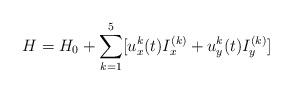
LaTeX: \begin{align*}H=H_0+\sum_{k=1}^5[u_x^{k}(t)I_x^{(k)}+u_y^{k}(t)I_y^{(k)}]\end{align*}